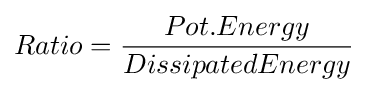
Ratio={\frac {Pot.Energy}{DissipatedEnergy}}